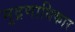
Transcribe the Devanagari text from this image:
मुद्रणाधिकार